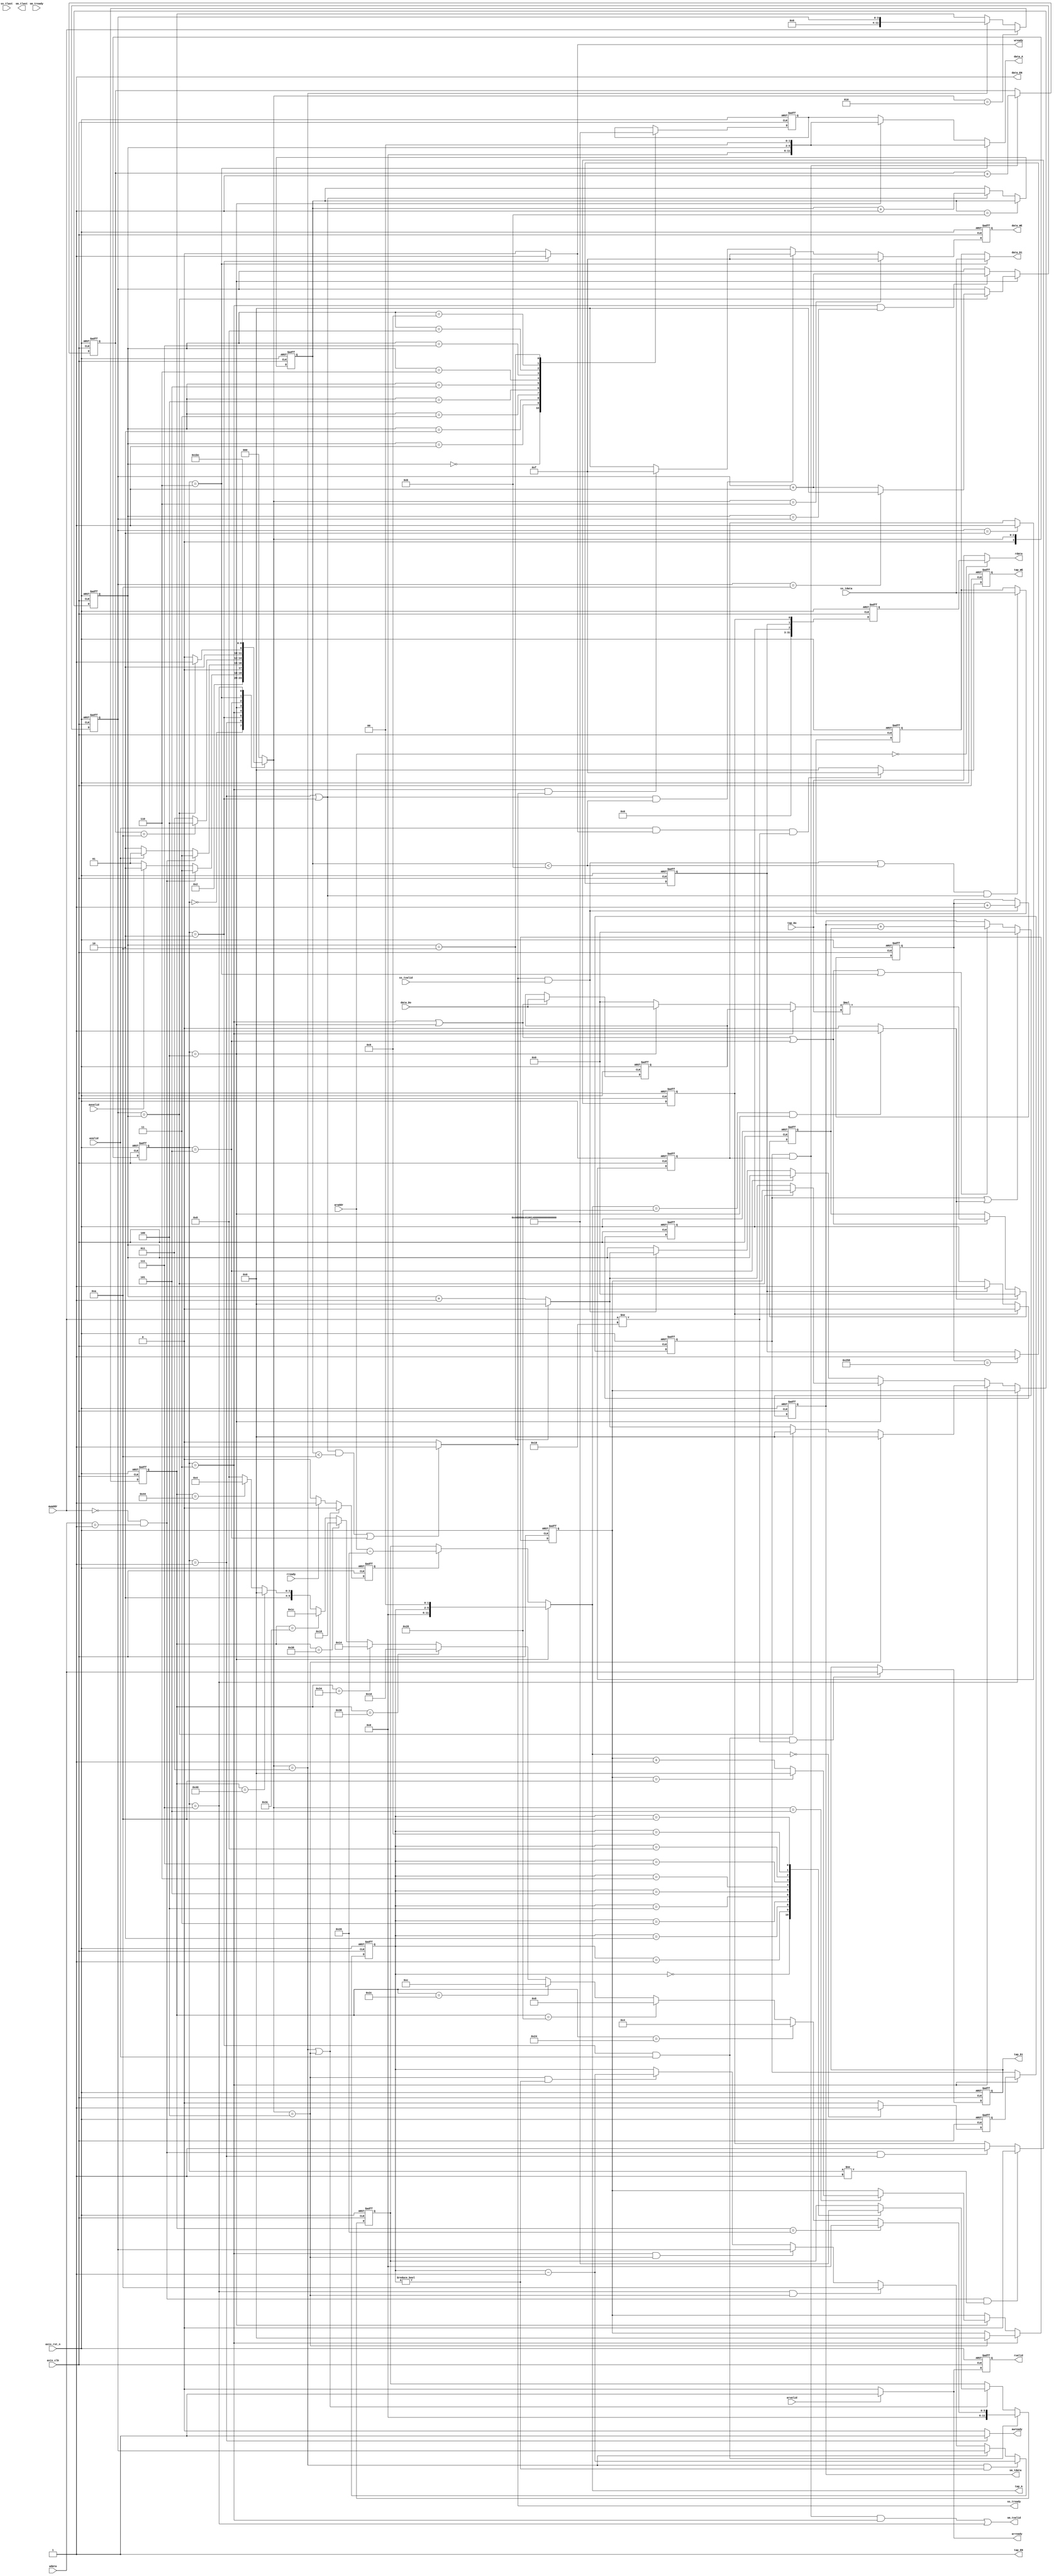
module fir 
#(  parameter pADDR_WIDTH = 12,
    parameter pDATA_WIDTH = 32,
    parameter Tape_Num    = 11
)
(
    output  wire                     awready,
    output  wire                     wready,
    input   wire                     awvalid,
    input   wire [(pADDR_WIDTH-1):0] awaddr,
    input   wire                     wvalid,
    input   wire [(pDATA_WIDTH-1):0] wdata,
    output  wire                     arready,
    input   wire                     rready,
    input   wire                     arvalid,
    input   wire [(pADDR_WIDTH-1):0] araddr,
    output  wire                     rvalid,
    output  wire [(pDATA_WIDTH-1):0] rdata,    
    input   wire                     ss_tvalid, 
    input   wire [(pDATA_WIDTH-1):0] ss_tdata, 
    input   wire                     ss_tlast, 
    output  wire                     ss_tready, 
    input   wire                     sm_tready, 
    output  wire                     sm_tvalid, 
    output  wire [(pDATA_WIDTH-1):0] sm_tdata, 
    output  wire                     sm_tlast, 
    
    // bram for tap RAM
    output  wire [3:0]               tap_WE,
    output  wire                     tap_EN,
    output  wire [(pDATA_WIDTH-1):0] tap_Di,
    output  reg [(pADDR_WIDTH-1):0] tap_A,
    input   wire [(pDATA_WIDTH-1):0] tap_Do,

    // bram for data RAM
    output  wire [3:0]               data_WE,
    output  wire                     data_EN,
    output  wire [(pDATA_WIDTH-1):0] data_Di,
    output  reg [(pADDR_WIDTH-1):0] data_A,
    input   wire [(pDATA_WIDTH-1):0] data_Do,

    input   wire                     axis_clk,
    input   wire                     axis_rst_n
);
begin

//  FSM
reg[3:0] cs, ns;
parameter idle        = 4'd0 ;

parameter input_1  = 4'd1 ; // addr
parameter input_2  = 4'd2 ; // write

parameter calculte_1    = 4'd3 ; 
parameter calculte_2    = 4'd4 ; 
parameter last_multi   = 4'd5 ;
parameter accumulate   = 4'd6 ;
parameter out_state  = 4'd7 ;


reg [(pDATA_WIDTH-1):0] tap_Di_reg;
reg [(pADDR_WIDTH-1):0] tap_A_reg;
reg [(pADDR_WIDTH-1):0] tap_A_reg_read;
reg [3:0]tap_WE_reg;

reg[3:0] coef_count;

reg awready_reg;
reg  [(pADDR_WIDTH-1):0]addr_reg;
reg rvalid_reg;
reg work; // 0: write ; 1:read

reg [3:0]stream_count_ss;
reg [(pDATA_WIDTH-1):0] data_Di_reg, ap_ceeck;
reg [(pADDR_WIDTH-1):0] data_A_reg;
reg [3:0]               data_WE_reg;
reg [3:0]               now_data_addr;
reg [3:0]               ptr, initial_ptr;
reg [3:0]               X_count, coef_ptr, out_count;
reg    [(pDATA_WIDTH-1):0]  Xn;
reg    [(pDATA_WIDTH-1):0]  Yn;
reg    [(pDATA_WIDTH-1):0]  multi_result;
reg out_EN, out_EN_t,out_EN_2,out_EN_t2, out_EN_t3;
reg do_cal;
reg [(pDATA_WIDTH-1):0] mult_a;
reg [9:0]pattern_number;
reg ap_start, ap_done, ap_idle;
//####################################################
//                      FSM
//####################################################
always@(posedge axis_clk or negedge axis_rst_n) begin
	if(!axis_rst_n)        
		cs <= idle;
	else
		cs <= ns;
end

//ns
always@(*) begin
    case(cs)
        idle: //0
        begin
          ns = input_1;
        end

        input_1: // 1  
        // addr
        begin
          if(awaddr == 12'h000 && wdata == 32'd1)
            ns = calculte_1 ;
          else if(awvalid)
            ns = input_2;
          else 
            ns = input_1;
        end
        input_2:
        // write
        begin
          if(awaddr == 12'h000 && wdata == 32'd1)
            ns = calculte_1;
          else if(wvalid)
            ns = input_1;
          else  
            ns = input_2;
        end

        calculte_1 : //2
        begin
          if(out_count == 10)
            ns = calculte_2;
          else 
            ns = calculte_1;
        end

        calculte_2 : //3
        begin
          if(X_count == ptr )
            ns = last_multi;
          else 
            ns = calculte_2;
        end

        last_multi:      
        begin
          ns = accumulate;
        end

        accumulate:
        begin
          ns = out_state;
        end

        out_state :
        begin
          ns = calculte_2;
        end

        default: 
            ns= idle; 
    endcase
end

//####################################################
//                   TAPE SRAM
//####################################################
assign tap_EN = 1'b1;
assign tap_Di = tap_Di_reg;

always @(*)begin
  if(cs == calculte_2) 
    tap_A = {coef_ptr,2'b0};
  else 
    tap_A = (!work)? tap_A_reg: araddr -12'h020;
end
assign tap_WE = tap_WE_reg;

always @(posedge axis_clk or negedge axis_rst_n) begin
  if(~axis_rst_n) 
    work <= 0;
  else if(ns == calculte_1 || ns == calculte_2)
    work <= 0;
  else if(rready)
    work <= 1;
  else 
    work <= 0;
end

always @(posedge axis_clk or negedge axis_rst_n) begin
  if(~axis_rst_n) 
      tap_WE_reg <= 4'b0000;
  else if ((wvalid && wready == 1) && (awaddr != 12'h010)) 
      tap_WE_reg <= 4'b1111;
  else 
      tap_WE_reg <= 4'b0000;
end

always @(posedge axis_clk or negedge axis_rst_n) begin
  //(counter & wvalid) 
  if(~axis_rst_n) 
    coef_count <=0 ;
  else if(ns == input_1 && wvalid)
    coef_count <= coef_count+1;
  else 
    coef_count <= coef_count;
end

always @(posedge axis_clk or negedge axis_rst_n) begin
  if(~axis_rst_n) 
    tap_Di_reg <= 0;
  else if(cs == input_2 && wvalid && awaddr != 12'h010)
    tap_Di_reg <= wdata;
  else 
    tap_Di_reg <= tap_Di_reg;
end

always @(posedge axis_clk or negedge axis_rst_n) begin
  if(~axis_rst_n) 
    tap_A_reg <= 0;
  else if(cs == input_2 && wvalid)
    if (addr_reg == 12'h020)      tap_A_reg <= 12'h000;
    else if (addr_reg == 12'h024) tap_A_reg <= 12'h004;
    else if (addr_reg == 12'h028) tap_A_reg <= 12'h008;
    else if (addr_reg == 12'h02C) tap_A_reg <= 12'h00C;
    else if (addr_reg == 12'h030) tap_A_reg <= 12'h010;
    else if (addr_reg == 12'h034) tap_A_reg <= 12'h014;
    else if (addr_reg == 12'h038) tap_A_reg <= 12'h018;
    else if (addr_reg == 12'h03C) tap_A_reg <= 12'h01C;
    else if (addr_reg == 12'h040) tap_A_reg <= 12'h020;
    else if (addr_reg == 12'h044) tap_A_reg <= 12'h024;
    else tap_A_reg <= 12'h028;
  else if(ns == calculte_1 || ns == calculte_2)
    case(coef_ptr)  // modify
      0 : tap_A_reg = 12'h000;
      1 : tap_A_reg = 12'h004;
      2 : tap_A_reg = 12'h008;
      3 : tap_A_reg = 12'h00C;
      4 : tap_A_reg = 12'h010;
      5 : tap_A_reg = 12'h014;
      6 : tap_A_reg = 12'h018;
      7 : tap_A_reg = 12'h01C;
      8 : tap_A_reg = 12'h020;
      9 : tap_A_reg = 12'h024;
      10: tap_A_reg = 12'h028;
    endcase
  else 
    tap_A_reg <= tap_A_reg;
end
always @(posedge axis_clk or negedge axis_rst_n) begin
  if(~axis_rst_n)
    coef_ptr <= 0;
  else if(ns == calculte_1 && coef_ptr != 0)
    coef_ptr <= coef_ptr -1 ;
  else if( ns == calculte_1)
    coef_ptr <= X_count ; 
  else if(cs == out_state && ns == calculte_2)
    coef_ptr <= 10;
  else if(cs == calculte_1 && ns == calculte_2)
    coef_ptr <= X_count ; 
  else if(ns == calculte_2 && coef_ptr != 0)
    coef_ptr <= coef_ptr -1 ;
  else 
    coef_ptr <= coef_ptr;
end
always @(posedge axis_clk or negedge axis_rst_n) begin
  if(~axis_rst_n)
    tap_A_reg_read <=0 ;
  else 
    tap_A_reg_read <= araddr;
end
always @(posedge axis_clk or negedge axis_rst_n) begin
  if(~axis_rst_n)
    X_count <= 0;
    
  else if(cs == calculte_2)
    if(X_count == ptr)
      X_count <= (X_count ==10)?0: X_count + 1 ;
    else 
       X_count  <=  X_count  ;  
  else if(cs == calculte_1 && ptr == X_count)
    X_count <= X_count + 1 ;
  else 
    X_count <= X_count;
end
//####################################################
//                   AXi Lite
//####################################################
//------------------------WRITE-------------------------//
assign awready = (cs==input_1) ? 1:0;
assign wready = (cs==input_2) ? 1:0;


always @(posedge axis_clk or negedge axis_rst_n) begin
  if(~axis_rst_n) 
    addr_reg <= 0;
  else if(ns==input_2)
    addr_reg <= awaddr;
  else if(ns == calculte_1)  //modify
    addr_reg <= X_count;
  else 
    addr_reg <= addr_reg;
end
//------------------------READ-------------------------//
assign arready = (arvalid )? 1:0;

assign rvalid = rvalid_reg;
assign rdata = (araddr == 0)? ap_ceeck : tap_Do;
always @(posedge axis_clk or negedge axis_rst_n) begin
    if(~axis_rst_n) 
      rvalid_reg <= 1'b0;
    else 
      rvalid_reg <= arready;
end
always @(posedge axis_clk or negedge axis_rst_n) begin
  if(~axis_rst_n) 
    ap_ceeck <= 0;
  else 
    ap_ceeck <= {ap_idle, ap_done, ap_start};
end
//####################################################
//                   AXi Stream
//####################################################

assign ss_tready  = (((cs == input_1 || cs == input_2) & (stream_count_ss <10)) || (cs == last_multi) ) ? 1 : 0 ; //|| (out_EN_t)

always @(posedge axis_clk or negedge axis_rst_n) begin
  if(~axis_rst_n)
    stream_count_ss <= 0;
  else if(stream_count_ss == 11)
    stream_count_ss <= stream_count_ss;
  else if(cs == input_1 || cs == input_2)
    stream_count_ss <= stream_count_ss +1;
  else 
    stream_count_ss <= stream_count_ss;
end
//####################################################
//                   Data SRAM
//####################################################

assign data_Di = (cs == accumulate) ? ss_tdata : data_Di_reg;
always@(*)begin
  if(cs == accumulate)
    data_A = {ptr,2'b0};
  else 
    data_A = (cs == calculte_2) ? {ptr,2'b0} : data_A_reg;
end

assign data_EN = 1'b1;
assign data_WE = data_WE_reg;

always @(posedge axis_clk or negedge axis_rst_n) begin
  if(~axis_rst_n) 
    data_WE_reg <= 4'b0000;
  else if(ns == accumulate)
    data_WE_reg <= 4'b1111;
  else if ((cs == input_1 || cs == input_2)& (stream_count_ss <11)) 
    data_WE_reg <= 4'b1111;
  else if(cs == calculte_1 && ss_tready == 1) // rotate
    data_WE_reg <= 4'b1111;
  else 
    data_WE_reg <= 4'b0000;
end
wire [3:0]ptr_plus = (ptr == 10) ? 0 : ptr + 1;
always @(posedge axis_clk or negedge axis_rst_n) begin
  if(~axis_rst_n) 
    ptr <= 0 ;
  else if(cs == out_state)
    ptr <= initial_ptr;
    /*
  else if( ((cs== input_2)||(cs== input_1))&&(ns == calculte_1))
    ptr <= initial_ptr  ;*/
  else if(cs == calculte_1 )
    if(ns == calculte_2)
      ptr <= 0;
    else 
      ptr <= (X_count == ptr)? 0 : ptr_plus ;
  else if(cs == calculte_2)
    ptr <= (X_count == ptr)? initial_ptr : ptr_plus ;
  else if(cs == last_multi)
    ptr <= ptr; 
  else if(ss_tready && ss_tvalid) // stream write to data SRAM
    ptr <= ptr_plus ;
  else 
    ptr <= ptr;
end

always @(posedge axis_clk or negedge axis_rst_n) begin
  if(~axis_rst_n) 
    initial_ptr <= 0;
  else if(cs == calculte_1)
    initial_ptr <=(ns == calculte_2)?0:initial_ptr;
  else if (cs == calculte_2)
    if(ns == last_multi)
   initial_ptr <= (initial_ptr == 10)? 0 : initial_ptr +1 ; 
   else 
   initial_ptr <= initial_ptr;
  else 
   initial_ptr <= initial_ptr; 
  // else if(ns == calculte_2)
  //   if(cs == calculte_1)
  //     initial_ptr<=0;
  //   else
  //     if(X_count == ptr)
  //       initial_ptr <= initial_ptr  +1 ; 
  //     else 
  //       initial_ptr <= initial_ptr;
  // else
  //   initial_ptr <= initial_ptr;
end

always @(posedge axis_clk or negedge axis_rst_n) begin
  if(~axis_rst_n) 
    data_A_reg <= 0;
  else begin
    case(ptr)
      0 : data_A_reg = 12'h000;
      1 : data_A_reg = 12'h004;
      2 : data_A_reg = 12'h008;
      3 : data_A_reg = 12'h00C;
      4 : data_A_reg = 12'h010;
      5 : data_A_reg = 12'h014;
      6 : data_A_reg = 12'h018;
      7 : data_A_reg = 12'h01C;
      8 : data_A_reg = 12'h020;
      9 : data_A_reg = 12'h024;
      10: data_A_reg = 12'h028;
    endcase 
  end
end
//####################################################
//                   Calculate
//####################################################
always @(posedge axis_clk or negedge axis_rst_n) begin
    if(!axis_rst_n) 
      pattern_number <= 0;
    else if(ss_tvalid && ss_tready) 
      pattern_number <= pattern_number + 1;
    else 
      pattern_number <= pattern_number;
end
always @(posedge axis_clk or negedge axis_rst_n) begin
  if(~axis_rst_n) 
    do_cal <= 0;
  else if(X_count == 2 )
    do_cal <= 1;
  else 
    do_cal <= do_cal ;

end
always @(posedge axis_clk or negedge axis_rst_n) begin
  if(~axis_rst_n) 
    data_Di_reg <= 0;
  else if((ss_tvalid && ss_tready || stream_count_ss < 11) && (cs == input_1 ||cs == input_2) )
    data_Di_reg <= ss_tdata;
end

always @(posedge axis_clk or negedge axis_rst_n) begin
  if(~axis_rst_n) 
    Xn <= 0;
  else if(cs == calculte_1 || cs == calculte_2)
    Xn <= data_Do;
  else 
    Xn <= Xn;
end
always @(*)begin
  if(cs== calculte_1 )
    mult_a = Xn;
  else if(cs== calculte_2)
    mult_a = data_Do;
  else 
    mult_a = 0;
end

always @(posedge axis_clk or negedge axis_rst_n) begin // single multi result 
  if(~axis_rst_n)
    multi_result <=0 ;
  else if(mult_EN_2)
    multi_result <=0 ;   
  else if(cs ==  calculte_1 || cs ==  calculte_2 || cs == last_multi)
    multi_result <= mult_a * tap_Do;
  else 
    multi_result <= multi_result;
end

assign mult_EN =  (tap_A == 12'h000) ? 1:0;
assign mult_EN_2 = (tap_A == 12'h028 && cs == calculte_2) ? 1:0;

always @(posedge axis_clk or negedge axis_rst_n) begin
  if(~axis_rst_n)
    out_EN <= 0;
  else if((tap_A == 12'h000))
    out_EN <=  1;
  else 
    out_EN <= 0;
end

always @(posedge axis_clk or negedge axis_rst_n) begin
  if(~axis_rst_n)
    out_EN_t <= 0;
  else  if((cs ==  calculte_1 ))
    out_EN_t <=  out_EN;
  else 
    out_EN_t <= out_EN_t;
end
always @(posedge axis_clk or negedge axis_rst_n) begin // accumulate result 
  if(~axis_rst_n)
    Yn <=0 ;
  else if(out_EN_t || mult_EN_2)
    Yn <= 0;
  else if((cs ==  calculte_1 || cs ==  calculte_2 ) || cs == last_multi || cs == accumulate)
    Yn <= Yn  +  multi_result;
  else 
    Yn <= Yn;
end
always @(posedge axis_clk or negedge axis_rst_n) begin
  if(~axis_rst_n)
    out_count <= 0;
  else if(out_EN_t && do_cal)
    out_count <= out_count +1 ;
  else 
    out_count <= out_count;
end

//####################################################
//                   Out_stream
//####################################################
always @(posedge axis_clk or negedge axis_rst_n) begin
  if(~axis_rst_n)
    out_EN_2 <= 0;
  else 
    if(out_EN_2)
         out_EN_2 <= 0;
    else
       if((tap_A == 12'h000))
        out_EN_2 <=  1;
      else 
        out_EN_2 <= 0;
end

always @(posedge axis_clk or negedge axis_rst_n) begin
  if(~axis_rst_n)
    out_EN_t2 <= 0;
  else  if((cs ==  calculte_2 ))
    out_EN_t2 <=  out_EN_2;
  else 
    out_EN_t2 <= out_EN_t2;
end

always @(posedge axis_clk or negedge axis_rst_n) begin
  if(~axis_rst_n)
    out_EN_t3 <= 0;
  else  if((cs ==  calculte_2 ))
    out_EN_t3 <=  out_EN_t2;
  else 
    out_EN_t3 <= out_EN_t3;
end

assign sm_tvalid = ((out_EN_t && do_cal) && (cs == calculte_1)) || (cs == out_state); 
assign sm_tdata = Yn;
//####################################################
//                   ap control
//####################################################
always @(posedge axis_clk or negedge axis_rst_n) begin
  if(~axis_rst_n)
    ap_done <= 0;
  else if(pattern_number == 600)
    ap_done <= 1;
  else 
    ap_done <= ap_done;
end

always @(posedge axis_clk or negedge axis_rst_n) begin
  if(~axis_rst_n)
    ap_start <= 0;
  else if(awaddr == 0 && wdata == 1 && cs != input_1 )
    ap_start <= 0;
  else if(awaddr == 0 && wdata == 1 && cs == input_1 )
    ap_start <= 1;
  else 
    ap_start <= ap_start;
end

always @(posedge axis_clk or negedge axis_rst_n) begin
  if(~axis_rst_n)
    ap_idle <= 1;
  else if(ap_start)
    ap_idle <= 0;
  else if(ap_done)
    ap_idle <= 1;
  else 
    ap_idle <= ap_idle ;
end
end
endmodule